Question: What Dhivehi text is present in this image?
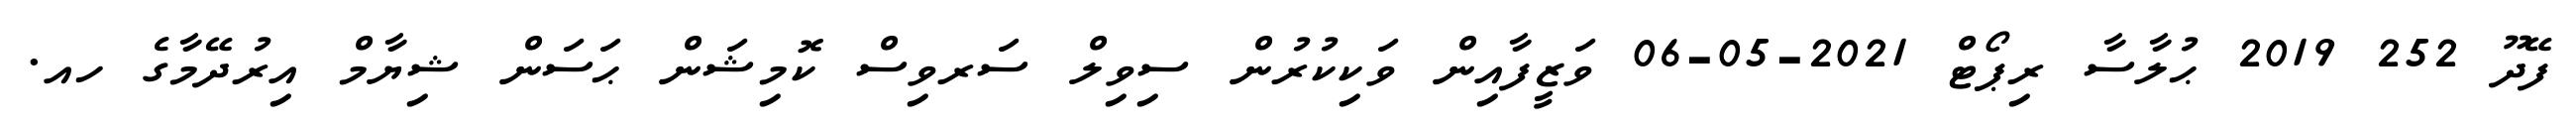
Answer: ފޭދޫ 252 2019 ޙުލާސާ ރިޕޯޓް 2021-05-06 ވަޒީފާއިން ވަކިކުރުން ސިވިލް ސަރވިސް ކޮމިޝަން ޙަސަން ޝިޔާމް އިރުދޭމާގެ ހއ.